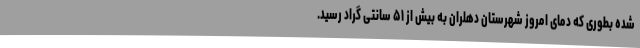
شده بطوری که دمای امروز شهرستان دهلران به بیش از ۵۱ سانتی گراد رسید.